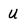
Character: U